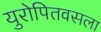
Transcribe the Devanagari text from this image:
युरोपितवसला